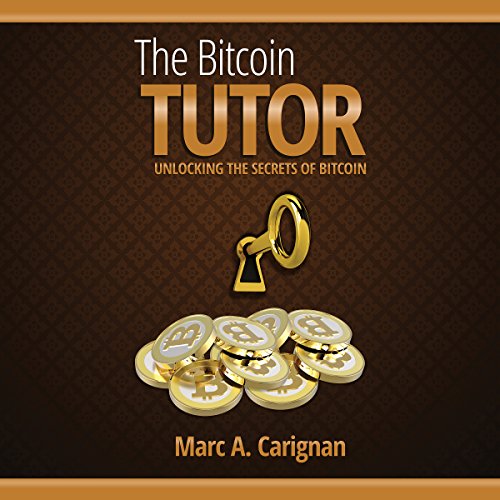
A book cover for The Bitcoin Tutor: Unlocking the Secrets of Bitcoin; Marc A. Carignan; Computers & Technology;